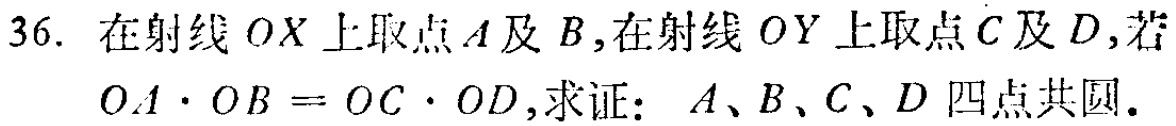
36. 在射线 \(OX\) 上取点 \(A\) 及 \(B\)，在射线 \(OY\) 上取点 \(C\) 及 \(D\)，若 \(OA\cdot OB = OC\cdot OD\)，求证：\(A\)、\(B\)、\(C\)、\(D\) 四点共圆。